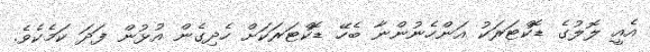
އެއީ ލޮލުގެ ޑޮކްޓަރަކު އަންހެނުންނާ ބެހޭ ޑޮކްޓަރަކަށް ހެދިގެން އުޅުން ފަދަ ކަމެކެވެ.